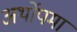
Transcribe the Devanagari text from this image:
अर्थोपमा